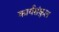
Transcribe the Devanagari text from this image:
कार्यसंकुल